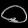
Digit: ၀